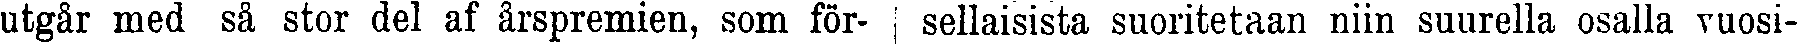
utgår med så stor del af årspremien, som för-  sellaisista suoritetaan niin suurella osalla vuosi-